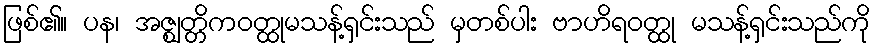
ဖြစ်၏။ ပန၊ အဇ္ဈတ္တိကဝတ္ထုမသန့်ရှင်းသည် မှတစ်ပါး ဗာဟိရဝတ္ထု မသန့်ရှင်းသည်ကို